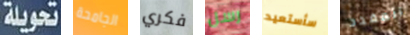
تحويلة الجامحة فكري رسل سأستعيد المقدد